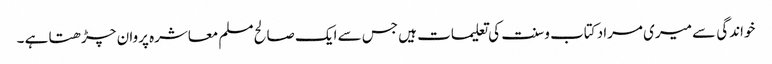
خواندگی سے میری مراد کتاب و سنت کی تعلیمات ہیں جس سے ایک صالح مسلم معاشرہ پروان چڑھتا ہے ۔